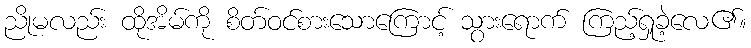
ညိုမလည်း ထိုအိမ်ကို စိတ်ဝင်စားသောကြောင့် သွားရောက် ကြည့်ရှုခဲ့လေ၏။